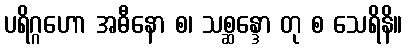
ပရိဂ္ဂဟော အဓီနော စ၊ သစ္ဆန္ဒော တု စ သေရိနိ။